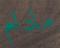
مادام